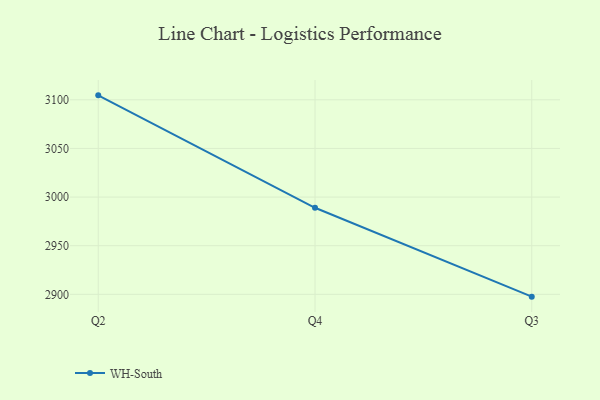
{"axis": {"x": "Quarter", "y": "Revenue (USD Million)"}, "legend": ["WH-South"], "data": [{"x": "Q2", "y": 3104.6, "type": "WH-South"}, {"x": "Q4", "y": 2989.0, "type": "WH-South"}, {"x": "Q3", "y": 2897.6, "type": "WH-South"}]}